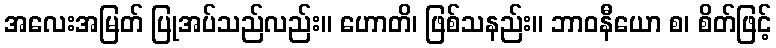
အလေးအမြတ် ပြုအပ်သည်လည်း။ ဟောတိ၊ ဖြစ်သနည်း။ ဘာဝနီယော စ၊ စိတ်ဖြင့်